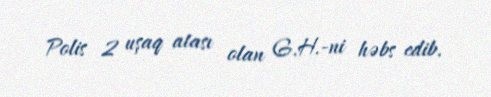
Polis 2 uşaq atası olan G.H.-ni həbs edib.